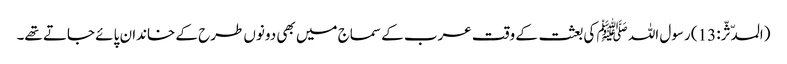
(المدّثّر: 13) رسول اللہ ﷺ کی بعثت کے وقت عرب کے سماج میں بھی دونوں طرح کے خاندان پائے جاتے تھے۔